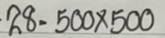
28 = 500 x 500